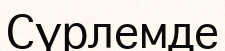
Сүрлемде